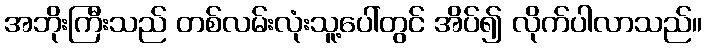
အဘိုးကြီးသည် တစ်လမ်းလုံးသူ့ပေါ်တွင် အိပ်၍ လိုက်ပါလာသည်။